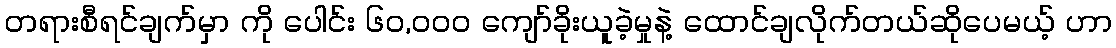
တရားစီရင်ချက်မှာ ကို ပေါင်း ၆၀,၀၀၀ ကျော်ခိုးယူခဲ့မှုနဲ့ ထောင်ချလိုက်တယ်ဆိုပေမယ့် ဟာ